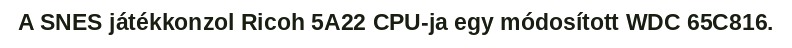
A SNES játékkonzol Ricoh 5A22 CPU-ja egy módosított WDC 65C816.